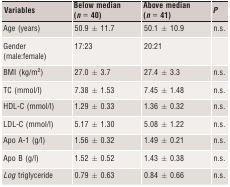
<table><thead><tr><td><b>Variables</b></td><td><b>Below median (<i>n</i> = 40)</b></td><td><b>Above median (<i>n</i> = 41)</b></td><td><b><i>P</i></b></td></tr></thead><tbody><tr><td>Age (years)</td><td>50.9 ± 11.7</td><td>50.1 ± 10.9</td><td>n.s.</td></tr><tr><td>Gender (male:female)</td><td>17:23</td><td>20:21</td><td></td></tr><tr><td>BMI (kg/m<sup>2</sup>)</td><td>27.0 ± 3.7</td><td>27.4 ± 3.3</td><td>n.s.</td></tr><tr><td>TC (mmol/l)</td><td>7.38 ± 1.53</td><td>7.45 ± 1.48</td><td>n.s.</td></tr><tr><td>HDL-C (mmol/l)</td><td>1.29 ± 0.33</td><td>1.36 ± 0.32</td><td>n.s.</td></tr><tr><td>LDL-C (mmol/l)</td><td>5.17 ± 1.30</td><td>5.08 ± 1.22</td><td>n.s.</td></tr><tr><td>Apo A-1 (g/l)</td><td>1.56 ± 0.32</td><td>1.49 ± 0.21</td><td>n.s.</td></tr><tr><td>Apo B (g/l)</td><td>1.52 ± 0.52</td><td>1.43 ± 0.38</td><td>n.s.</td></tr><tr><td><i>Log</i> triglyceride</td><td>0.79 ± 0.63</td><td>0.84 ± 0.66</td><td>n.s.</td></tr></tbody></table>